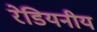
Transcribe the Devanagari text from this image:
रेडियनीय